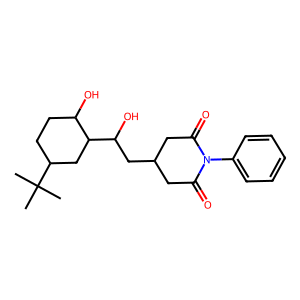
SMILES: CC(C)(C)C1CCC(O)C(C(O)CC2CC(=O)N(c3ccccc3)C(=O)C2)C1
Inhibits HIV replication: No